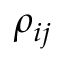
\rho _ { i j }